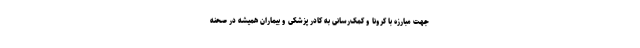
جهت مبارزه با کرونا و کمک‌رسانی به کادر پزشکی و بیماران همیشه در صحنه